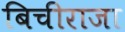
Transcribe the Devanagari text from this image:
बिचीराजा